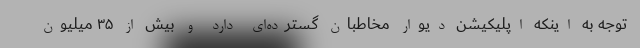
توجه به اینکه اپلیکیشن دیوار مخاطبان گسترده‌ای دارد و بیش از ۳۵ میلیون